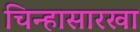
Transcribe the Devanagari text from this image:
चिन्हासारखा